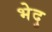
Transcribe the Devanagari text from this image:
भेदु